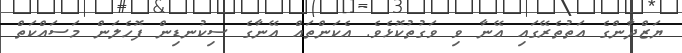
ޔަޒްދާންގެ އަތުތެރޭގައި އޭނާ ވި ވަގުތުކޮޅެވެ. އެކަންތައް އޭނާގެ ސިކުނޑިން ފޮހެލަން މަސައްކަތް